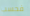
فحسب